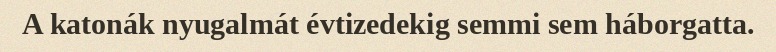
A katonák nyugalmát évtizedekig semmi sem háborgatta.